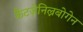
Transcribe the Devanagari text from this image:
कैटज़ेनिल्नबोगेन